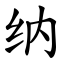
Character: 纳